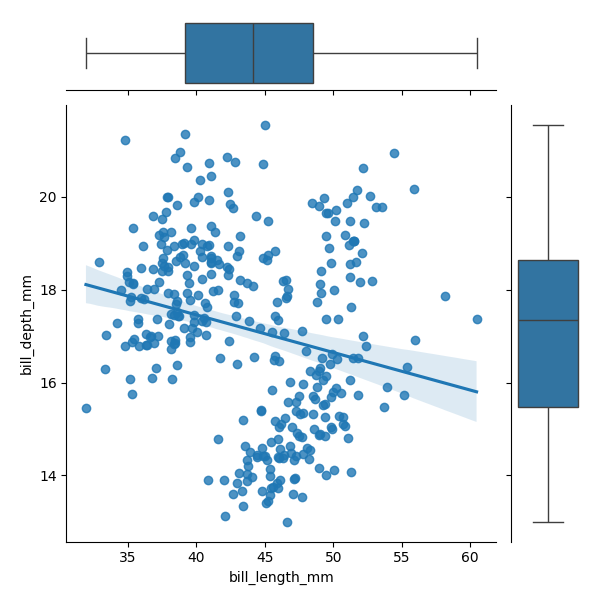
python, seaborn, JointGrid, regplot, boxplot